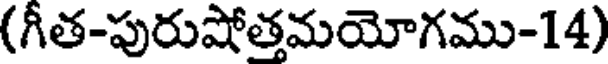
(గీత-పురుషోత్తమయోగము-14)